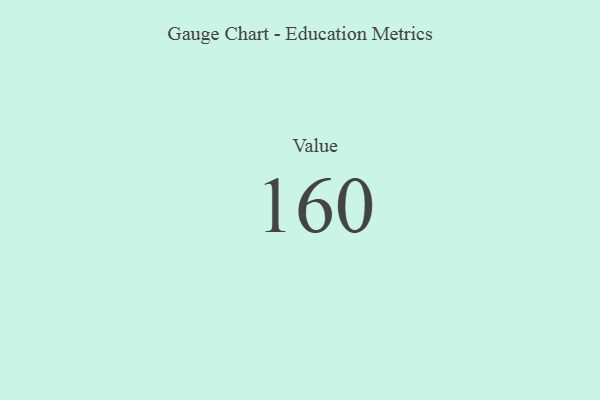
{"axis": {"x": "Metric", "y": "Value"}, "legend": [""], "data": [{"x": "Value", "y": 160, "type": ""}]}